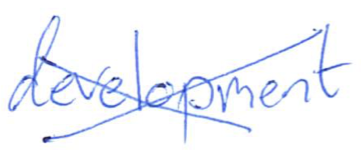
Text: development
Cross-out: cross
Writing tool: ballpoint